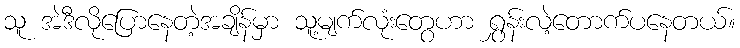
သူ အဲဒီလိုပြောနေတဲ့အချိန်မှာ သူ့မျက်လုံးတွေဟာ ရွှန်းလဲ့တောက်ပနေတယ်။